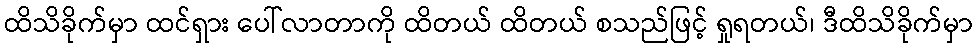
ထိသိခိုက်မှာ ထင်ရှား ပေါ်လာတာကို ထိတယ် ထိတယ် စသည်ဖြင့် ရှုရတယ်၊ ဒီထိသိခိုက်မှာ